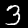
Digit: 3